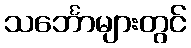
သင်္ဘောများတွင်